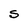
Character: S